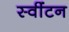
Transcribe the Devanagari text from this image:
स्वींटन